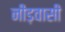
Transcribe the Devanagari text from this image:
नीड़वासी